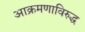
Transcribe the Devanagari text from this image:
आक्रमणाविरुद्ध